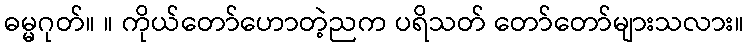
ဓမ္မဂုတ်။ ။ ကိုယ်တော်ဟောတဲ့ညက ပရိသတ် တော်တော်များသလား။